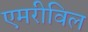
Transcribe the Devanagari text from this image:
एमरीविल